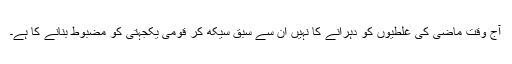
آج وقت ماضی کی غلطیوں کو دہرانے کا نہیں ان سے سبق سیکھ کر قومی یکجہتی کو مضبوط بنانے کا ہے۔